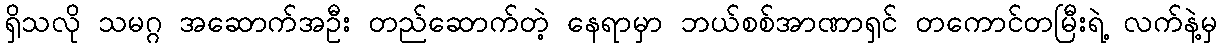
ရှိသလို သမဂ္ဂ အဆောက်အဦး တည်ဆောက်တဲ့ နေရာမှာ ဘယ်စစ်အာဏာရှင် တကောင်တမြီးရဲ့ လက်နဲ့မှ